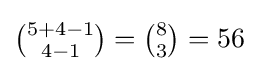
{\tbinom {5+4-1}{4-1}}={\tbinom {8}{3}}=56